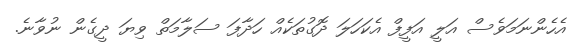
އެހެންނަމަވެސް އަލީ އަފީފް އެކަހަލަ ދޮގުތަކެއް ހަދާފަ ސަލާމަތް ވިޔަ ދީގެން ނުވާނެ.